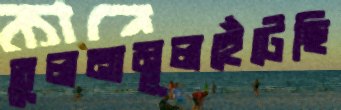
তুলনামূলহেঁটেছি